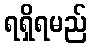
ရရှိရမည်